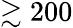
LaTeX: \gtrsim 200